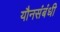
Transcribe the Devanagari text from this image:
यौनसंबंधी